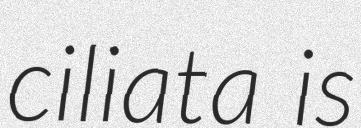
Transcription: ciliata is